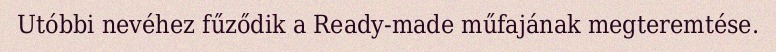
Utóbbi nevéhez fűződik a Ready-made műfajának megteremtése.